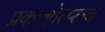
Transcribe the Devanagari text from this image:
प्रकाशोत्प्लव